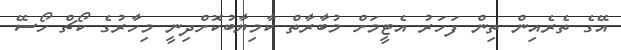
އޭގެ ތެރެއިން ތިން ފަހަރު އެޓީމަށް މުބާރާތް ކާމިޔާބުކޮށްދިނީ މިހާރުގެ ކޯޗް ހޯސޭ